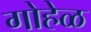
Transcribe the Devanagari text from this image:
गोहेळ